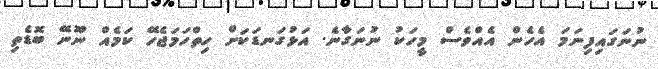
ނުނަގައިފިނަމަ އެހެން އެއްވެސް މީހަކު ނުނަގާނެ. އަޅުގަނޑަކަށް ހިތްހަމަޖެހޭ ކަމެއް ނޫނޭ ބޮޑެތި